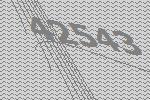
42543